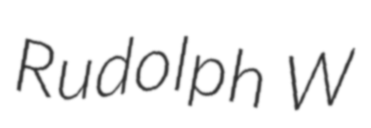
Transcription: Rudolph W